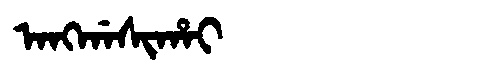
Manchu: ᠠᠩᡤᠠᠰᡳᡥᠠᡳ
Romanization: ANGGASIHAI